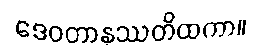
ဒေဝတာနုဿတိထကာ။